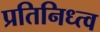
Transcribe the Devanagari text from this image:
प्रतिनिध्त्व